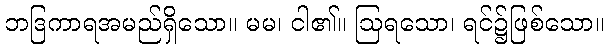
ဘဒြကာရအမည်ရှိသော။ မမ၊ ငါ၏။ ဩရသော၊ ရင်၌ဖြစ်သော။